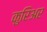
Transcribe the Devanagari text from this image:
कुरिअर